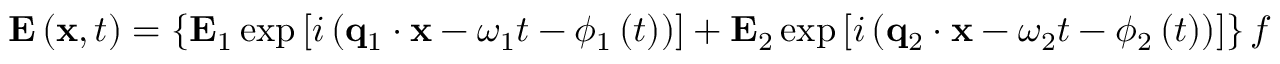
\mathbf { E } \left( \mathbf { x } , t \right) = \left\{ \mathbf { E } _ { 1 } \exp \left[ i \left( \mathbf { q } _ { 1 } \cdot \mathbf { x } - \omega _ { 1 } t - \phi _ { 1 } \left( t \right) \right) \right] + \mathbf { E } _ { 2 } \exp \left[ i \left( \mathbf { q } _ { 2 } \cdot \mathbf { x } - \omega _ { 2 } t - \phi _ { 2 } \left( t \right) \right) \right] \right\} f \left( t \right) + c . c ,